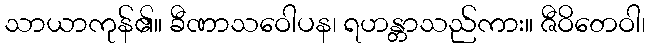
သာယာကုန်၏။ ခီဏာသဝေါပန၊ ရဟန္တာသည်ကား။ ဇီဝိတေဝါ၊